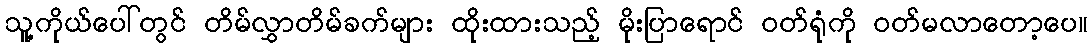
သူ့ကိုယ်ပေါ်တွင် တိမ်လွှာတိမ်ခက်များ ထိုးထားသည့် မိုးပြာရောင် ဝတ်ရုံကို ဝတ်မလာတော့ပေ။